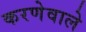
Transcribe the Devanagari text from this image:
करणेवाले